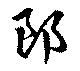
郎